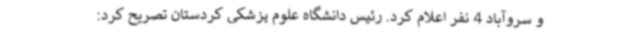
و سروآباد 4 نفر اعلام کرد. رئیس دانشگاه علوم پزشکی کردستان تصریح کرد: